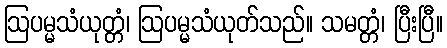
ဩပမ္မသံယုတ္တံ၊ ဩပမ္မသံယုတ်သည်။ သမတ္တံ၊ ပြီးပြီ။